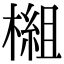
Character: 𬄗